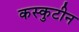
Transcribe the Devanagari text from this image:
कस्कुटीन